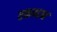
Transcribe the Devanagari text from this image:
स्कन्दन